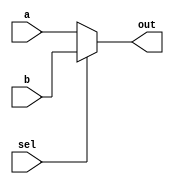
module top_module( 
    input a, b, sel,
    output out ); 
    always @(*) begin
        if (sel)
            out = b;
        else
            out = a;
    end
endmodule